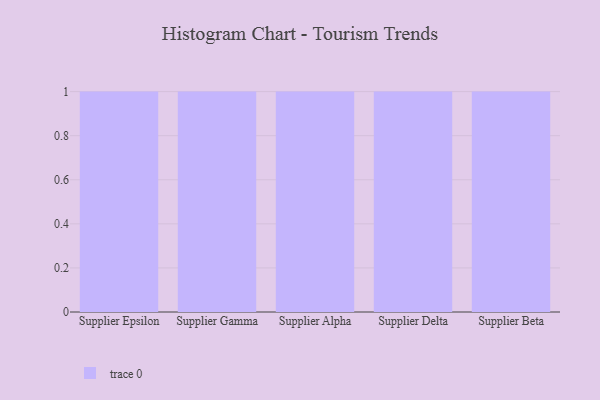
{"axis": {"x": "Supplier", "y": "Humidity (%)"}, "legend": [""], "data": [{"x": "Supplier Epsilon", "y": 4, "type": ""}, {"x": "Supplier Gamma", "y": 77, "type": ""}, {"x": "Supplier Alpha", "y": 65, "type": ""}, {"x": "Supplier Delta", "y": 7, "type": ""}, {"x": "Supplier Beta", "y": 8, "type": ""}]}